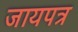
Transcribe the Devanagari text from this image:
जायपत्र